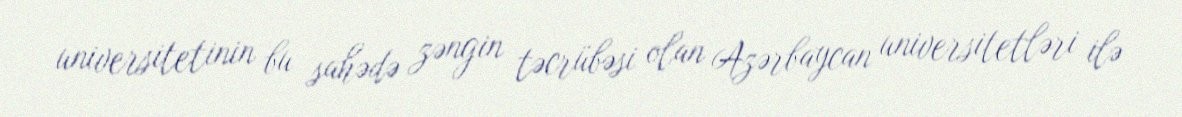
universitetinin bu sahədə zəngin təcrübəsi olan Azərbaycan universitetləri ilə